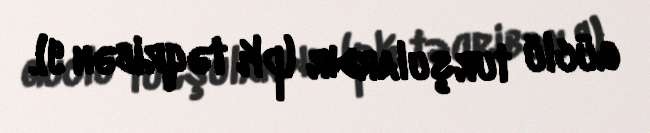
güclü turşulardır (pK təqribən 9).